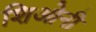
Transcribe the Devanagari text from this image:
शिओनी